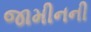
જામીનની